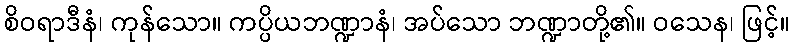
စိဝရာဒီနံ၊ ကုန်သော။ ကပ္ပိယဘဏ္ဍာနံ၊ အပ်သော ဘဏ္ဍာတို့၏။ ဝသေန၊ ဖြင့်။